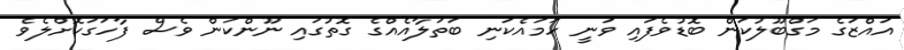
އައްޒަގެ މަގްބޫލުކަން ބޮޑުވެފައި ވަނީ ހަމައެކަނި ބަތަލާއެއްގެ ގޮތުގައި ނޫންކަން ވެސް ފާހަގަކޮށްލެވެ